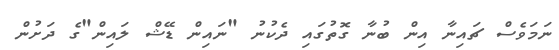
ނަމަވެސް ޗައިނާ އިން ބުނާ ގޮތުގައި ދެކުނު "ނައިން ޑޭޝް ލައިން"ގެ ދަށުން